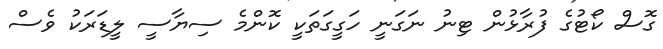
ގޮސް ކޯޓުގެ ފުރާޅުން ޓިނު ނަގަނީ ހަގީގަތަކީ ކޮންމެ ސިޔާސީ ލީޑަރަކު ވެސް